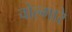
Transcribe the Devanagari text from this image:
वोल्गारे